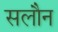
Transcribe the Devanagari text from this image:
सलौन